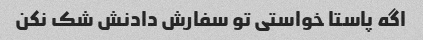
اگه پاستا خواستی تو سفارش دادنش شک نکن